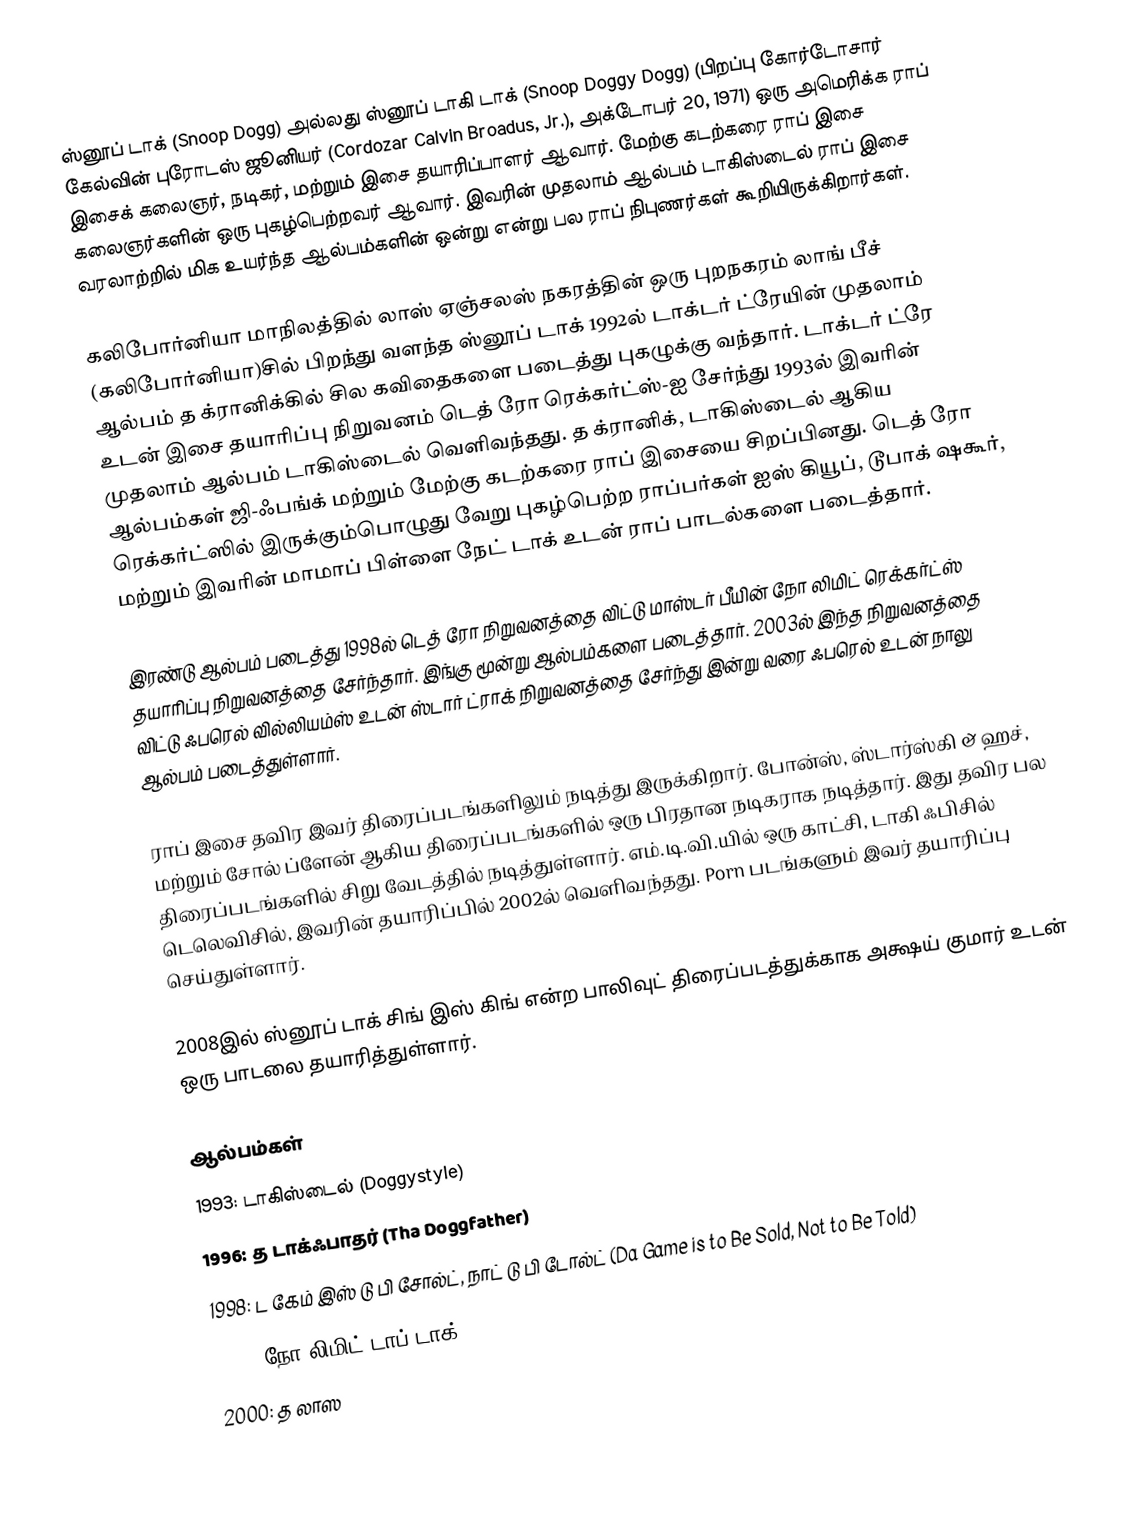
ஸ்னூப் டாக் (Snoop Dogg) அல்லது ஸ்னூப் டாகி டாக் (Snoop Doggy Dogg) (பிறப்பு கோர்டோசார் கேல்வின் புரோடஸ் ஜூனியர் (Cordozar Calvin Broadus, Jr.), அக்டோபர் 20, 1971) ஒரு அமெரிக்க ராப் இசைக் கலைஞர், நடிகர், மற்றும் இசை தயாரிப்பாளர் ஆவார். மேற்கு கடற்கரை ராப் இசை கலைஞர்களின் ஒரு புகழ்பெற்றவர் ஆவார். இவரின் முதலாம் ஆல்பம் டாகிஸ்டைல் ராப் இசை வரலாற்றில் மிக உயர்ந்த ஆல்பம்களின் ஒன்று என்று பல ராப் நிபுணர்கள் கூறியிருக்கிறார்கள்.

கலிபோர்னியா மாநிலத்தில் லாஸ் ஏஞ்சலஸ் நகரத்தின் ஒரு புறநகரம் லாங் பீச் (கலிபோர்னியா)சில் பிறந்து வளந்த ஸ்னூப் டாக் 1992ல் டாக்டர் ட்ரேயின் முதலாம் ஆல்பம் த க்ரானிக்கில் சில கவிதைகளை படைத்து புகழுக்கு வந்தார். டாக்டர் ட்ரே உடன் இசை தயாரிப்பு நிறுவனம் டெத் ரோ ரெக்கர்ட்ஸ்-ஐ சேர்ந்து 1993ல் இவரின் முதலாம் ஆல்பம் டாகிஸ்டைல் வெளிவந்தது. த க்ரானிக், டாகிஸ்டைல் ஆகிய ஆல்பம்கள் ஜி-ஃபங்க் மற்றும் மேற்கு கடற்கரை ராப் இசையை சிறப்பினது. டெத் ரோ ரெக்கர்ட்ஸில் இருக்கும்பொழுது வேறு புகழ்பெற்ற ராப்பர்கள் ஐஸ் கியூப், டூபாக் ஷகூர், மற்றும் இவரின் மாமாப் பிள்ளை நேட் டாக் உடன் ராப் பாடல்களை படைத்தார்.

இரண்டு ஆல்பம் படைத்து 1998ல் டெத் ரோ நிறுவனத்தை விட்டு மாஸ்டர் பீயின் நோ லிமிட் ரெக்கர்ட்ஸ் தயாரிப்பு நிறுவனத்தை சேர்ந்தார். இங்கு மூன்று ஆல்பம்களை படைத்தார். 2003ல் இந்த நிறுவனத்தை விட்டு ஃபரெல் வில்லியம்ஸ் உடன் ஸ்டார் ட்ராக் நிறுவனத்தை சேர்ந்து இன்று வரை ஃபரெல் உடன் நாலு ஆல்பம் படைத்துள்ளார்.

ராப் இசை தவிர இவர் திரைப்படங்களிலும் நடித்து இருக்கிறார். போன்ஸ், ஸ்டார்ஸ்கி & ஹச், மற்றும் சோல் ப்ளேன் ஆகிய திரைப்படங்களில் ஒரு பிரதான நடிகராக நடித்தார். இது தவிர பல திரைப்படங்களில் சிறு வேடத்தில் நடித்துள்ளார். எம்.டி.வி.யில் ஒரு காட்சி, டாகி ஃபிசில் டெலெவிசில், இவரின் தயாரிப்பில் 2002ல் வெளிவந்தது. Porn படங்களும் இவர் தயாரிப்பு செய்துள்ளார்.

2008இல் ஸ்னூப் டாக் சிங் இஸ் கிங் என்ற பாலிவுட் திரைப்படத்துக்காக அக்ஷய் குமார் உடன் ஒரு பாடலை தயாரித்துள்ளார்.

ஆல்பம்கள்
 1993: டாகிஸ்டைல் (Doggystyle)
 1996: த டாக்ஃபாதர் (Tha Doggfather)
 1998: ட கேம் இஸ் டு பி சோல்ட், நாட் டு பி டோல்ட் (Da Game is to Be Sold, Not to Be Told)
 1999: நோ லிமிட் டாப் டாக் (No Limit Top Dogg)
 2000: த லாஸ